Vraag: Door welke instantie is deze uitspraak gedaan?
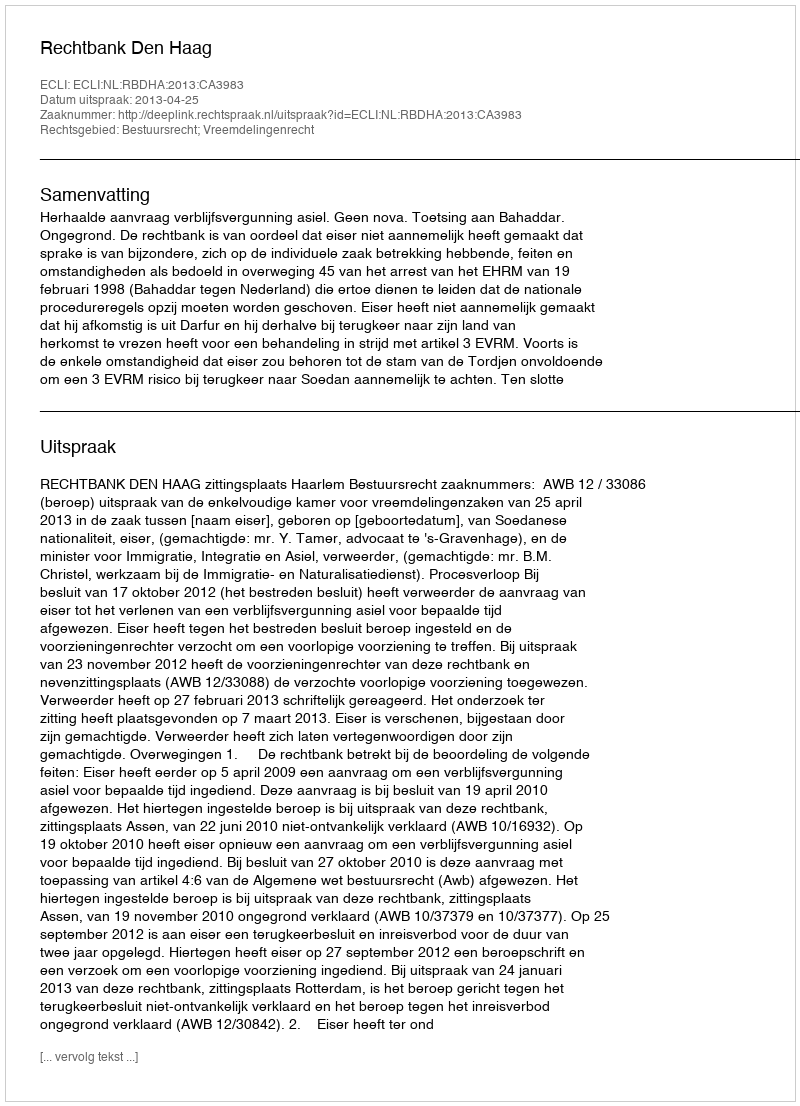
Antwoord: Rechtbank Den Haag